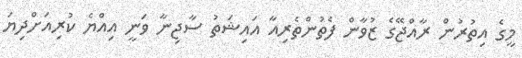
މީގެ އިތުރުން ރާއްޖޭގެ ޒުވާން ފެތުންތެރިއާ އައިޝަތު ސާޖިނާ ވަނީ އިއްޔެ ކުރިއަށްދިޔަ